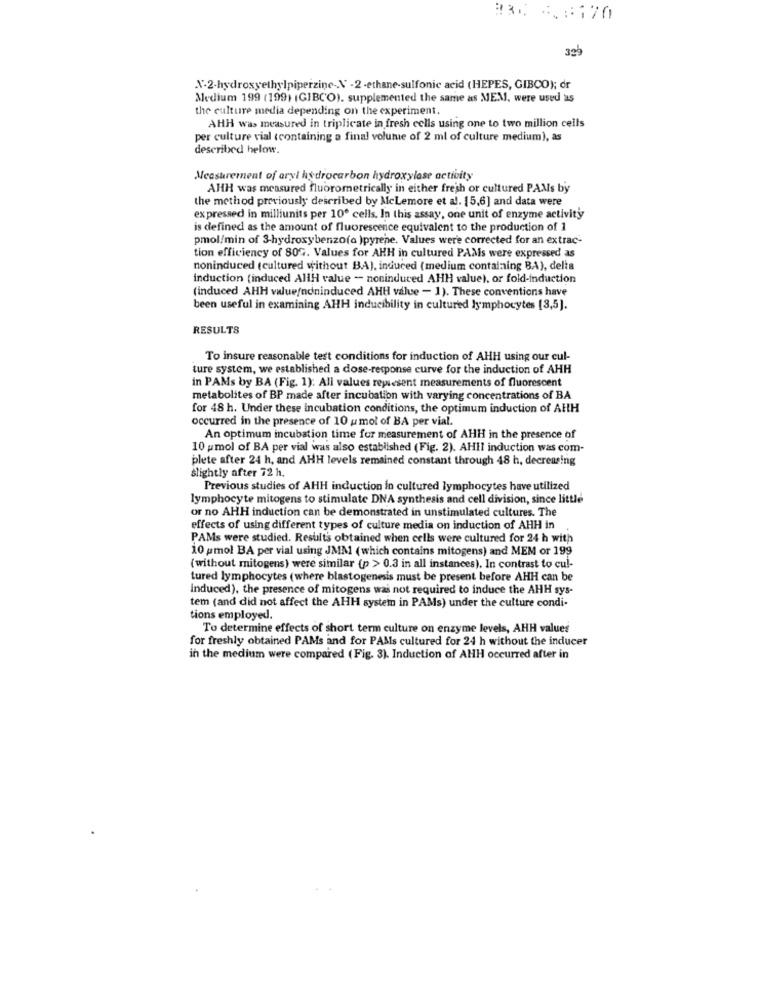
. .
399
X-2-hydroxyethylpiperzine-V-2-ethane-sulfonic acid (HEPES, GIBCO); dr
Medium 199 (199) (GIBC'O). supplemented the same as MEM, were used as
the culture media depending on the experiment.
AHH was measured in triplicate in fresh cells using one to two million cells
per culture vial (containing a final volume of 2 ml of culture medium), as
described below.
Measurement of aryl hydrocarbon hydroxylase activity
AHH was measured fluorometrically in either fresh or cultured PAMs by
the method previously described by Mclemore et al. 15,6] and data were
expressed in milliunits per 100 cells. In this assay, one unit of enzyme activity
is defined as the amount of fluorescence equivalent to the production of 1
pmol/min of 3-hydroxybenzo(a )pyrene. Values were corrected for an extrac-
tion efficiency of 80G. Values for AHH in cultured PAMs were expressed as
noninduced (cultured without BA), induced (medium containing BA), delta
induction (induced AHH value - noninduced AHH value), or fold-induction
(induced AHH valuefndninduced AHH value - 1). These conventions have
been useful in examining AHH inducibility in cultured lymphocytes [3,5].
RESULTS
To insure reasonable test conditions for induction of AHH using our cul-
ture system, we established a dose-response curve for the induction of AHH
in PAMs by BA (Fig. 1): All values represent measurements of fluorescent
metabolites of BP made after incubation with varying concentrations of BA
for 48 h. Under these incubation conditions, the optimum induction of AHH
occurred in the presence of 10 umol of BA per vial.
An optimum incubation time for measurement of AHH in the presence of
10 pmol of BA per vial was also established (Fig. 2). AHIl induction was com-
plete after 24 h, and AHH levels remained constant through 48 h, decreasing
slightly after 72 h.
Previous studies of AHH induction in cultured lymphocytes have utilized
lymphocyte mitogens to stimulate DNA synthesis and cell division, since little
or no AHH induction can be demonstrated in unstimulated cultures. The
effects of using different types of culture media on induction of AHH in
PAMs were studied. Results obtained when cells were cultured for 24 h with
10 umol BA per vial using JMM (which contains mitogens) and MEM or 199
(without mitogens) were similar (p > 0.3 in all instances). In contrast to cu !-
tured lymphocytes (where blastogenesis must be present before AHH can be
induced), the presence of mitogens was not required to induce the AHH sys-
tem (and did not affect the AHH system in PAMs) under the culture condi-
tions employed.
To determine effects of short term culture on enzyme levels, AHH values
for freshly obtained PAMs and for PAMs cultured for 24 h without the inducer
in the medium were compared (Fig. 3). Induction of AHH occurred after in